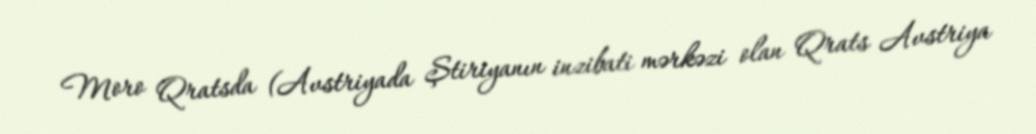
Moro Qratsda (Avstriyada Ştiriyanın inzibati mərkəzi olan Qrats Avstriya